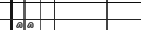
٢٢